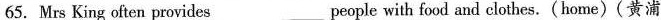
65. Mrs King often provides___people with food and clothes.(home)(黄浦